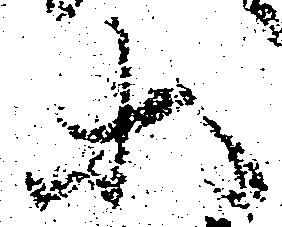
等